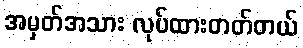
အမှတ်အသား လုပ်ထားတတ်တယ်